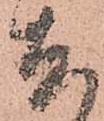
尤